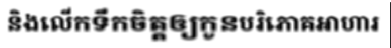
និងលើកទឹកចិត្តឲ្យកូនបរិភោគអាហារ